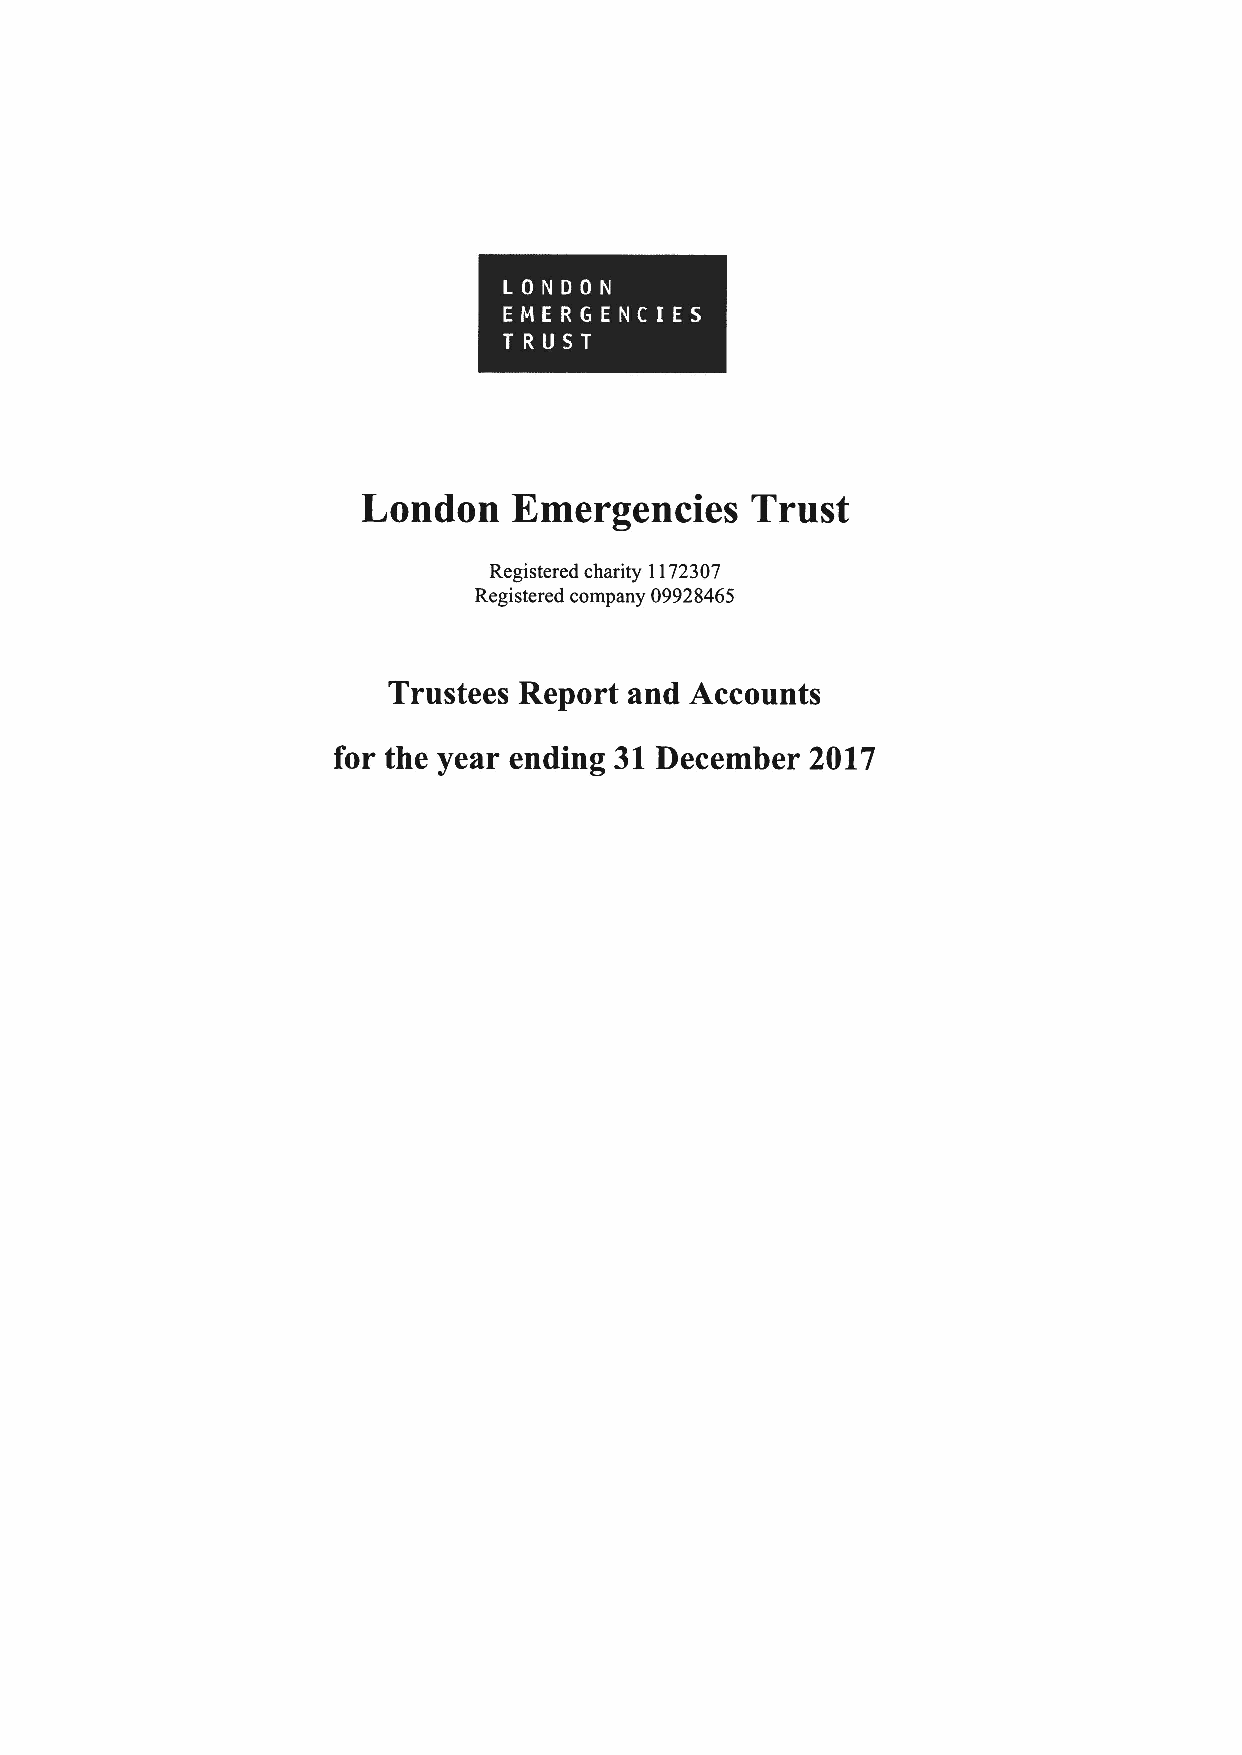
London    Emergencies     Trust
 Registered charity 1172307
 Registered company 09928465
 Trustees Report and Accounts
 for the year ending 31December  2017